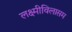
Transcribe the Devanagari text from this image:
लक्ष्मीविलासम